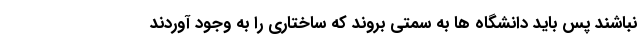
نباشند پس باید دانشگاه ها به سمتی بروند که ساختاری را به وجود آوردند